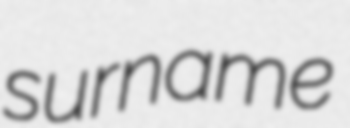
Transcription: surname